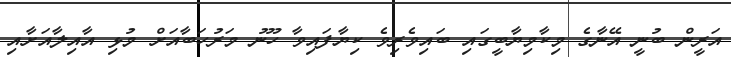
އަރީން ބުނީ އޭނާގެ މިކާމިޔާބީގައި ބައިވެރިވެ ކިޔާފައިވާ ހޫނު މަރުހަބާއަށް މުޅި އާއިލާއަށާއި